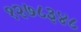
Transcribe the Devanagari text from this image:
१२७८३४८